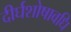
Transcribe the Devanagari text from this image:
दीर्घशोषावधि